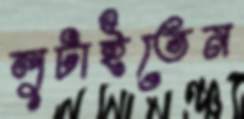
লুটাইতেন